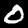
Digit: 0